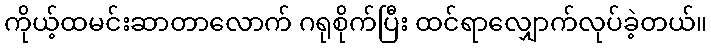
ကိုယ့်ထမင်းဆာတာလောက် ဂရုစိုက်ပြီး ထင်ရာလျှောက်လုပ်ခဲ့တယ်။